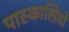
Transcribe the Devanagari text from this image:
पास्कासियो